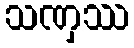
သဏှဿ